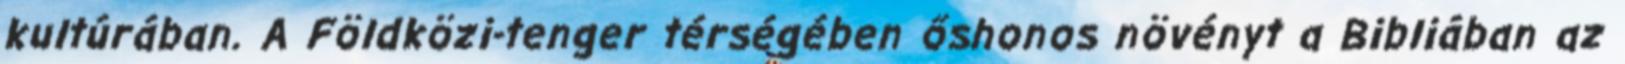
kultúrában. A Földközi-tenger térségében őshonos növényt a Bibliában az